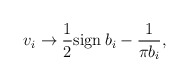
\begin{align*}v_i \to \frac{1}{2}\mbox{sign}\:b_i-\frac{1}{\pi b_i},\end{align*}